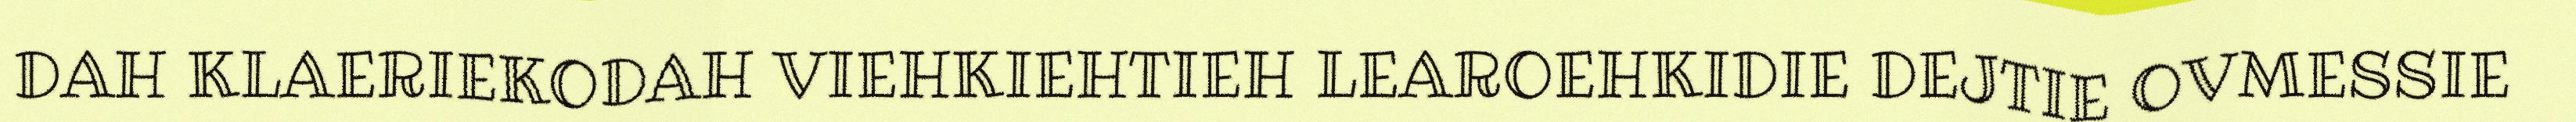
DAH KLAERIEKODAH VIEHKIEHTIEH LEAROEHKIDIE DEJTIE OVMESSIE